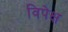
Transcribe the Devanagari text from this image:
विपेक्ष